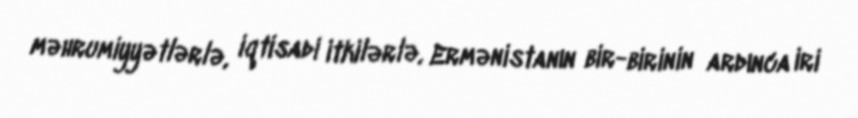
məhrumiyyətlərlə, iqtisadi itkilərlə, Ermənistanın bir-birinin ardınca iri